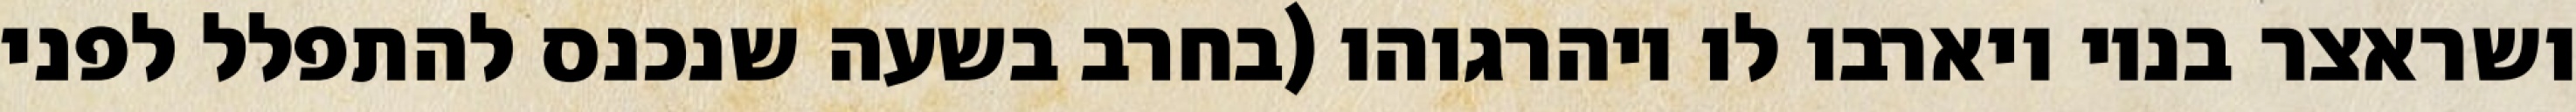
ושראצר בניו ויארבו לו ויהרגוהו (בחרב בשעה שנכנס להתפלל לפני